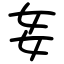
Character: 㚣